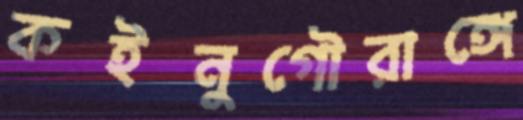
কইনুগৌরাঙ্গে